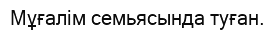
Мұғалім семьясында туған.